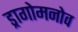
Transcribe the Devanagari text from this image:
ड्रागोमनोव